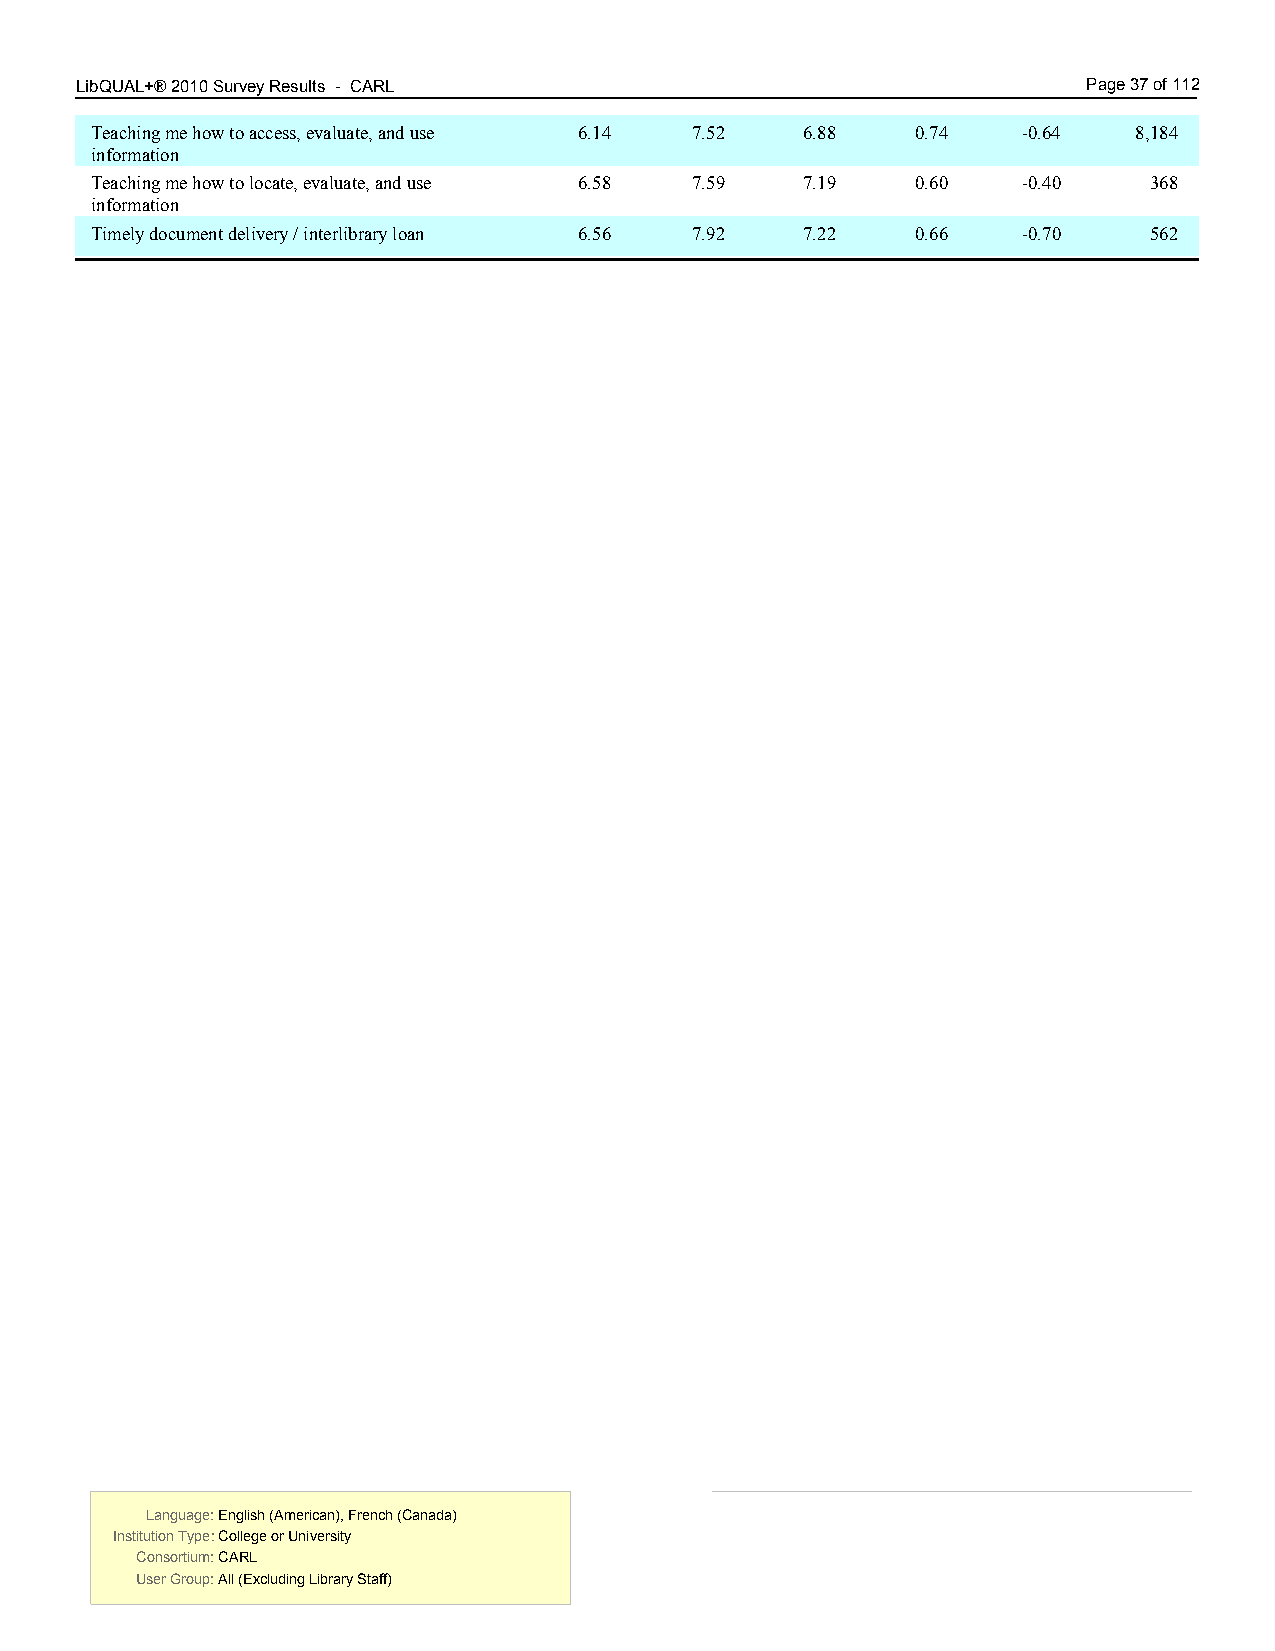
LibQUAL+® 2010 Survey Results - CARL 3.00                          Page 37 of 112
 Teaching me how to access, evaluate, and use 6.14 7.52 6.88 0.74 -0.64 8,184
 information
 Teaching me how to locate, evaluate, and use 6.58 7.59 7.19 0.60 -0.40 368
 information
 Timely document delivery / interlibrary loan 6.56 7.92 7.22 0.66 -0.70 562
 Language: English (American), French (Canada) Language: English (American), French (Canada)
 Institution Type: College or University  Institution Type: College or University
 Consortium: CARL                         Consortium: CARL
 User Group: All (Excluding Library Staff) User Group: All (Excluding Library Staff)